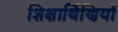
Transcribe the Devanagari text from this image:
शिक्षार्थिणियों